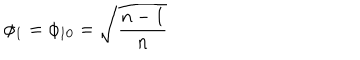
\phi _ { 1 } = \phi _ { 1 0 } = \sqrt { \frac { n - 1 } n }